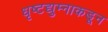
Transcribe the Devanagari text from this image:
धृष्टद्युम्नाकडून